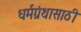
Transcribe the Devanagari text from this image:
धर्मग्रंथासाठी